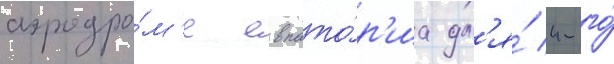
аэродро́м'е евпато́р'иа дл'я́ 4-го́